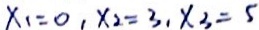
x _ { 1 } = 0 , x _ { 2 } = 3 , x _ { 3 } = 5